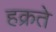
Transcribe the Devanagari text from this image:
हक्रते